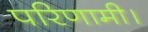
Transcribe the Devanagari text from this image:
परिणामी।